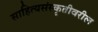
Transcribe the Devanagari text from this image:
साहित्यसंस्कृतीवरील